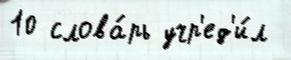
10 слова́рь учр'ед'и́л